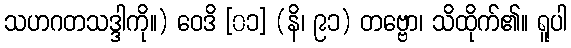
သဟဂတသဒ္ဒါကို။) ဝေဒိ [၀၁] (နိ၊ ၉၁) တဗ္ဗော၊ သိထိုက်၏။ ရူပါ